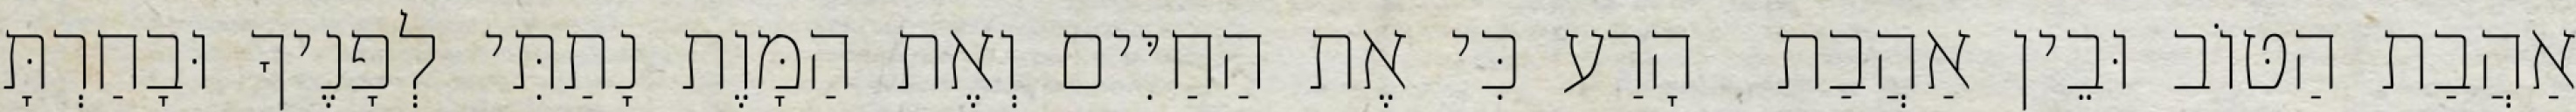
אַהֲבַת הַטּוֹב וּבֵין אַהֲבַת  הָרַע כִּי אֶת הַחַיִּים וְאֶת הַמָּוֶת נָתַתִּי לְפָנֶיךָ וּבָחַרְתָּ